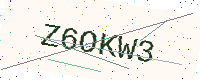
Text: Z6OKW3